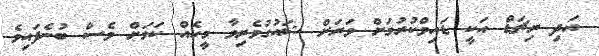
އަދި ރިޗަޑް އަކީ ޑައިވްކުރުމަށް ވަރަށް ޝައުގުވެރިވާ މީހެއް ކަމަށް ވެސް ބުނެފައިވެ